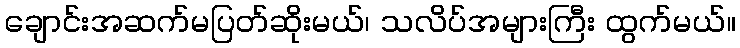
ချောင်းအဆက်မပြတ်ဆိုးမယ်၊ သလိပ်အများကြီး ထွက်မယ်။